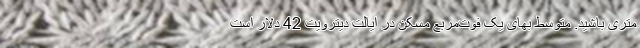
متری باشید. متوسط بهای یک فوت‌مربع مسکن در ایالت دیترویت 42 دلار است